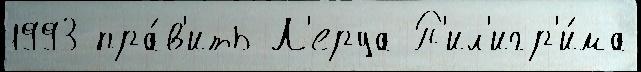
1993 пра́в'ить Л'еруа П'ил'игр'и́ма